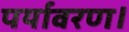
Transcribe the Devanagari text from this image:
पर्यावरण।